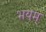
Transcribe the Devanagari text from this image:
भयम्